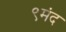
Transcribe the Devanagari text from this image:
९मंद